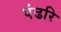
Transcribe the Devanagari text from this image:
पंढरि